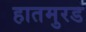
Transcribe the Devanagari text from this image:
हातमुरड